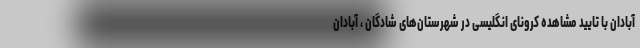
آبادان با تایید مشاهده کرونای انگلیسی در شهرستان‌های شادگان ، آبادان